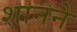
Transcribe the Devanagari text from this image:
शानने